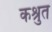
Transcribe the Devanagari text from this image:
कश्रुत